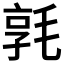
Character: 𣮢